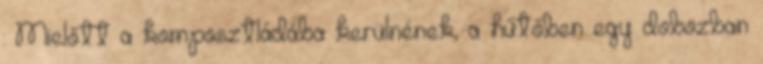
: Mielőtt a komposztládába kerülnének, a hűtőben egy dobozban